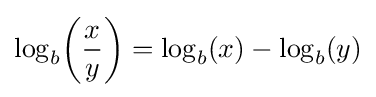
\log _{b}\!\left({\frac {x}{y}}\right)=\log _{b}(x)-\log _{b}(y)